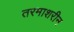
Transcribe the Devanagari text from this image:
तरमाशरीन